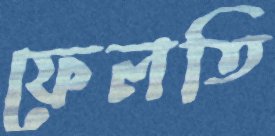
ফেলতি